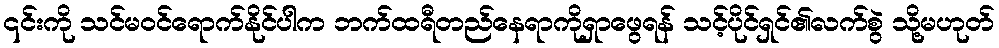
၎င်းကို သင်မဝင်ရောက်နိုင်ပါက ဘက်ထရီတည်နေရာကိုရှာဖွေရန် သင့်ပိုင်ရှင်၏လက်စွဲ သို့မဟုတ်